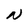
Character: N